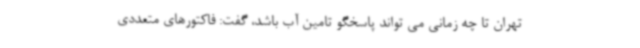
تهران تا چه زمانی می تواند پاسخگو تامین آب باشد، گفت: فاکتورهای متعددی